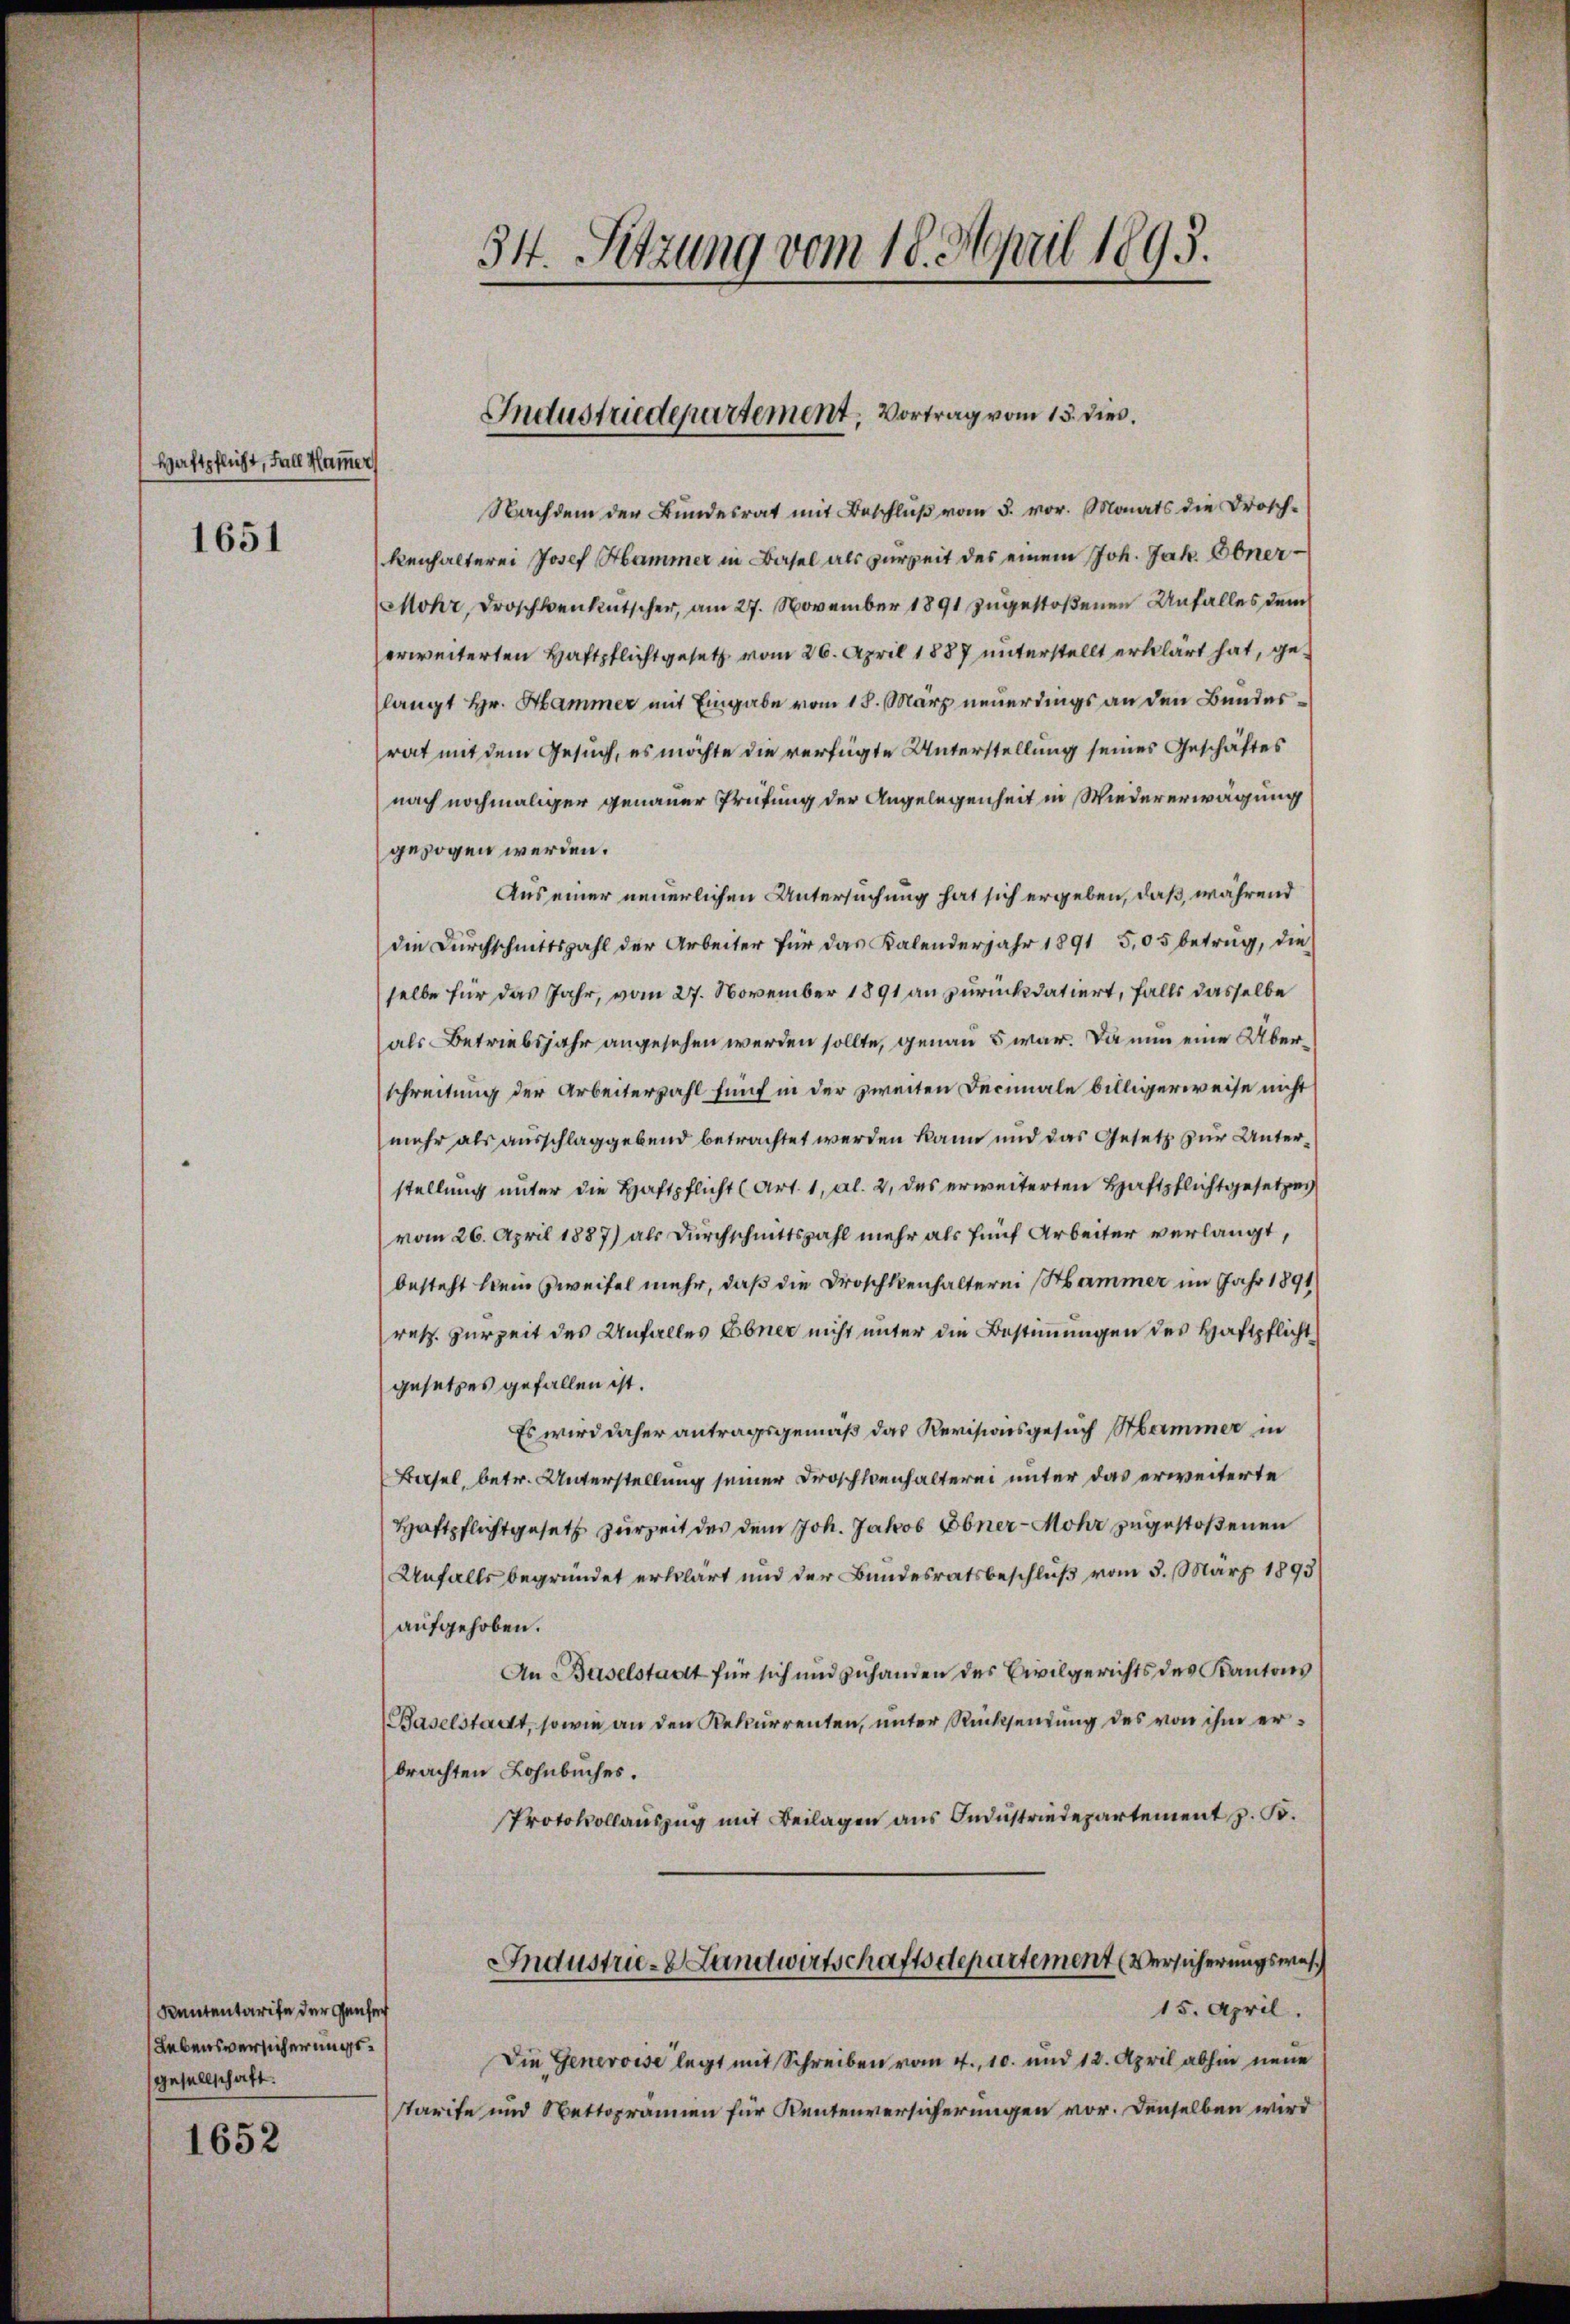
Haftpflicht, Fall Hammer

1651

Kententarife der Genfer
Lebensversicherungsgesellschaft.
1652

34. Setzung vom 18. April 1895.

Industriedepartement, Vortrag vom 13. dies

Nachdem der Bundesrat mit Beschluß vom 3. vor. Monats die Drosch-
kenhalterei Josef Hammer in Basel als zur Zeit des einem Joh. Jak. Obner-
Mohr, Droschkenkutscher, am 27. November 1891 zugestoßenen Unfalles dem
erweiterten Haftpflicht gesetz vom 26. April 1887 unterstellt erklärt hat, gelangt Hr. Hammer mit Eingabe vom 18. März neuerdings an den Bundesrat mit dem Gesuch, es möchte die verfügte Unterstellung seines Geschäftes
nach nochmaliger genauer Prüfung der Angelegenheit in Wiedererwägung
gezogen werden.
Aus einer neuerlichen Untersuchung hat sich ergeben, daß, während
die Durchschnittszahl der Arbeiter für das Kalenderjahr 1891 5,05 betrug, die
selbe für das Jahr, vom 27. November 1891 an zurückdatiert, falls dasselbe
als Betriebsjahr angesehen werden sollte, genau s war. Die nun eine Überschreitung der Arbeiterzahl fünf in der zweiten Decinale billigerweise nicht
mehr als ausschlaggebend betrachtet werden kann und das Gesetz zur Unterstellung unter die Haftpflicht (Art. 1, Al. 2, des erweiterten Haftpflichtgesetzes
(vom 26. April 1887) als Durchschnittszahl mehr als fünf Arbeiter verlangt,
besteht kein Zweifel mehr, daß die Droschkenhalterei Hammer im Jahr 1891
ret. Herzeit des Unfalles Ebner nicht unter die Bestimmungen des Haftpflichtgesetzes gefallen ist.
Es wird daher antragsgemäß das Revisionsgesuch Hammer in
Basel, betr. Unterstellung seiner Droschenhalterei unter das erweiterte
Haftpflichtgesetz zur Zeit des dem Joh. Jakob Ebner-Mohr zugestoßenen
Unfalls begründet erklärt und der Bundesratsbeschluß vom 5. März 1893
aufgehoben.
An Baselstadt für sich und zuhanden des Civilgerichts des Kantons
(Baselstadtt, sowie an den Rekurrenten, unter Rücksendung des von ihm erbrachten Lohnbuches.
Protokollaŭszŭg mit Beilagen aŭs Indŭstriedepartement z. B.
Industrie- & Landwirtschaftsdepartement Versicherungswes
15. April.
Die Genevoise legt mit Schreiben vom 4., 10. und 12. April abhin neue
starite und Nettogramen für Rentenversicherungen vor. Denselben wird